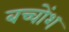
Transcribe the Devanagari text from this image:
बच्चोंश